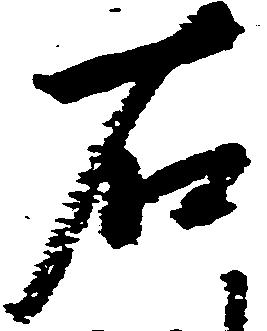
右